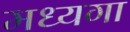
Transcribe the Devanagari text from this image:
मध्यगा